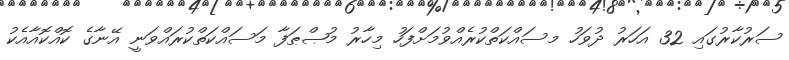
ސަރުކާރުގައި 32 އަހަރު ދުވަހު މސައްކަތްކުރެއްވުމަށްފަހު މިހާރު މުޞްޠަފާ މަސައްކަތްކުރައްވަނީ އޭނާގެ ކޮއްކޮއާއެކު